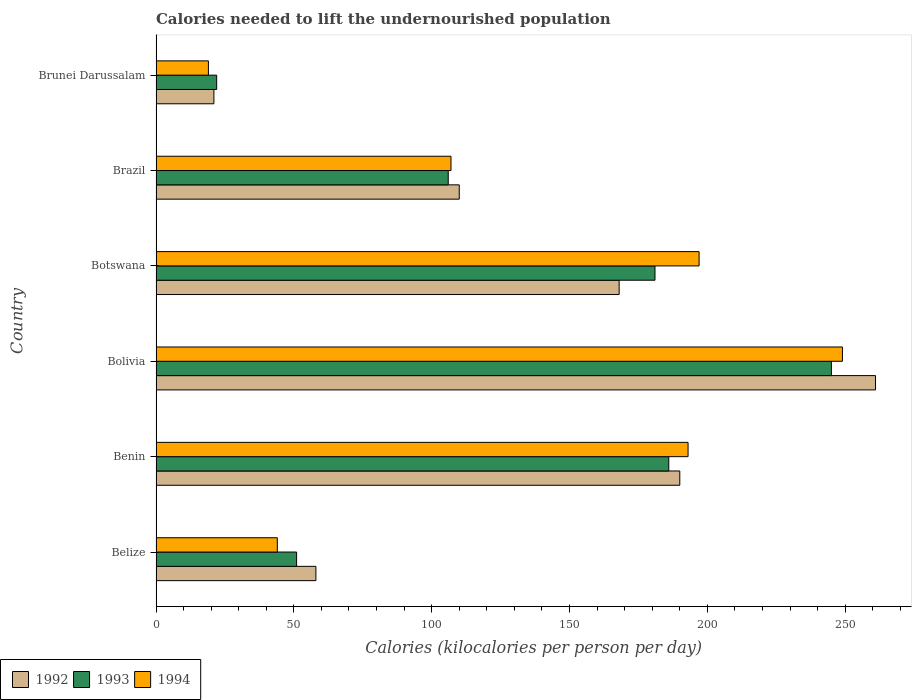
| Country | 1992 | 1993 | 1994 |
 | --- | --- | --- | --- |
 | Belize | 58 | 51 | 44 |
 | Benin | 190 | 186 | 193 |
 | Bolivia | 261 | 245 | 249 |
 | Botswana | 168 | 181 | 197 |
 | Brazil | 110 | 106 | 107 |
 | Brunei Darussalam | 21 | 22 | 19 |